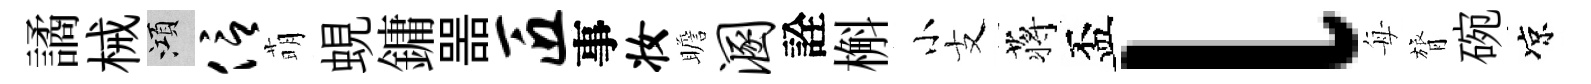
譎械澒信萌蜆鏞噐匠事妆瞻溷詮槲小支蒋盃l每膂碗凉